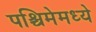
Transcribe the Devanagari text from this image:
पश्चिमेमध्ये